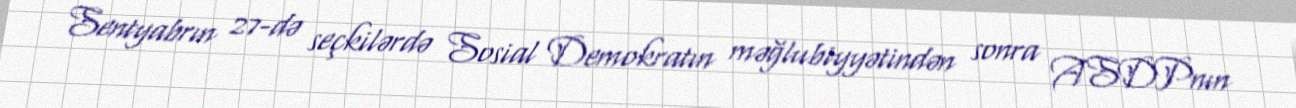
Sentyabrın 27-də seçkilərdə Sosial Demokratın məğlubiyyətindən sonra ASDPnın